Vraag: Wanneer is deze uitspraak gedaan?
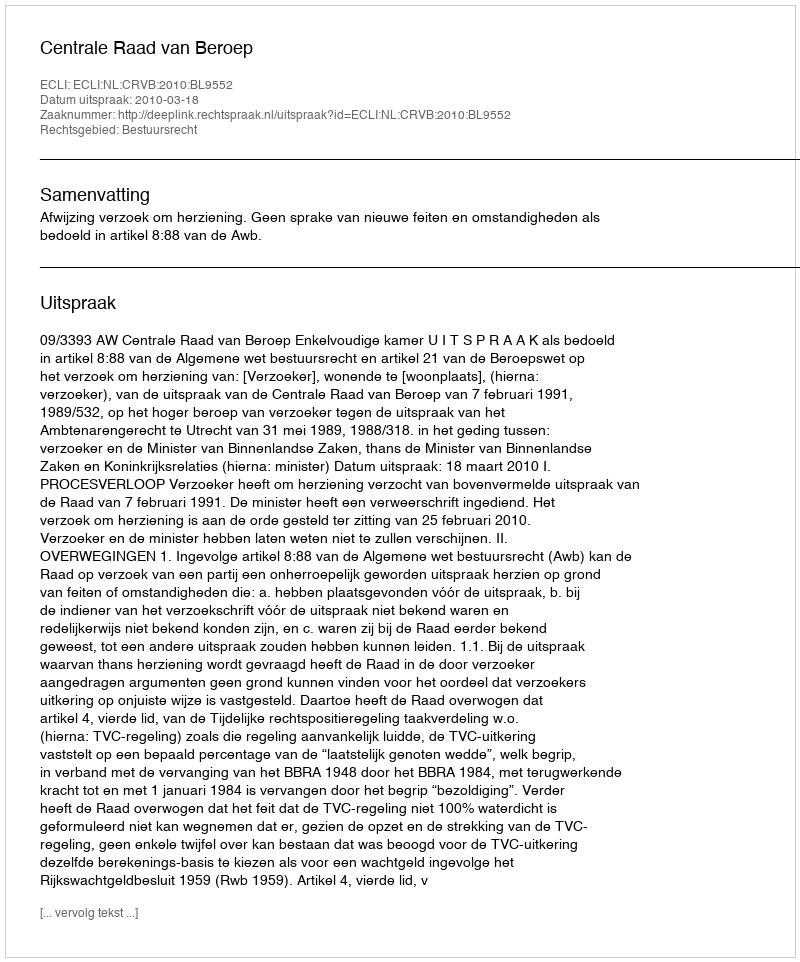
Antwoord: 2010-03-18